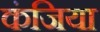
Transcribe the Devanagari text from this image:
कंजिया